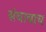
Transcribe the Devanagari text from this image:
संचाचाच